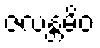
ဇလန္တမိဝ